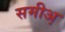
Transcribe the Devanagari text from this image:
समीअ़